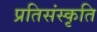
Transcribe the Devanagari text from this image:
प्रतिसंस्कृति